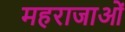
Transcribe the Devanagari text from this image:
महराजाओं